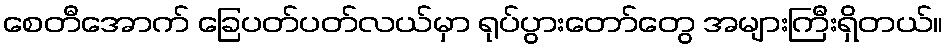
စေတီအောက် ခြေပတ်ပတ်လယ်မှာ ရုပ်ပွားတော်တွေ အများကြီးရှိတယ်။